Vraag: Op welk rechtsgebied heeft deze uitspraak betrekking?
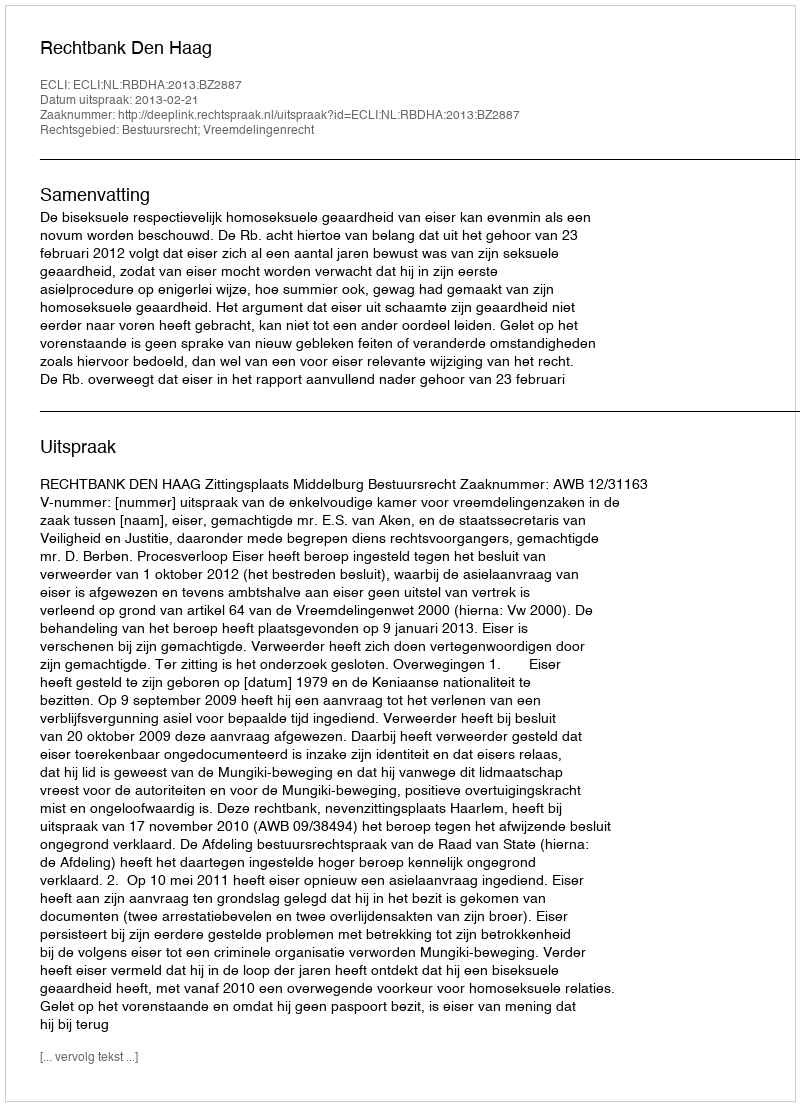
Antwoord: Bestuursrecht; Vreemdelingenrecht